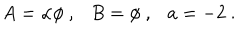
A = \alpha \phi ~ , B = \phi ~ , a = - 2 ~ .